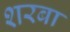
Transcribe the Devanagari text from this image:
शरबा